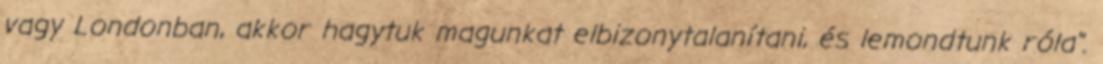
vagy Londonban, akkor hagytuk magunkat elbizonytalanítani, és lemondtunk róla".